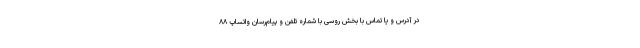
در آدرس و یا تماس با بخش روسی با شماره تلفن و پیام‌رسان واتساپ ۸۸